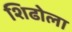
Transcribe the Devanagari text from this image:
शिढोला